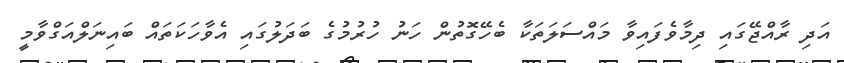
އަދި ރާއްޖޭގައި ދިމާވެފައިވާ މައްސަލަތަކާ ބެހޭގޮތުން ހަނު ހުރުމުގެ ބަދަލުގައި އެވާހަކަތައް ބައިނަލްއަގްވާމީ